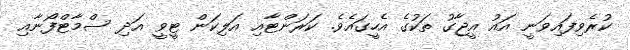
ކުރެވިފައިވަނީ އައު އީޖާގު ތަކުގެ އެހީގައެވެ. ކަރަންޓާއި އަލިކަން ޓީވީ އަދި ސްމާޓްފޯނާއި